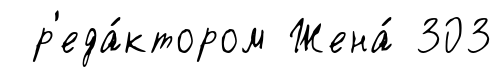
р'еда́ктором Жена́ 303